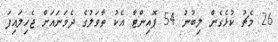
26 މެޗު ކުޅެގެން ލިބުނު 54 ޕޮއިންޓާ އެކު ތާވަލުގެ ދެވަނައަށް ޖެހިލައިފަ